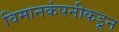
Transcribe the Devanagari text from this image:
विमानकंपनीकडून